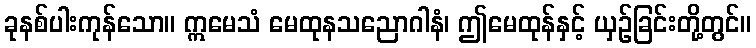
ခုနစ်ပါးကုန်သော။ ဣမေသံ မေထုနသညောဂါနံ၊ ဤမေထုန်နှင့် ယှဉ်ခြင်းတို့တွင်။